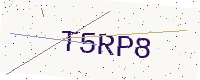
Text: T5RP8